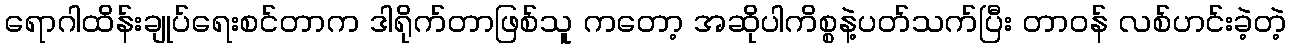
ရောဂါထိန်းချုပ်ရေးစင်တာက ဒါရိုက်တာဖြစ်သူ ကတော့ အဆိုပါကိစ္စနဲ့ပတ်သက်ပြီး တာဝန် လစ်ဟင်းခဲ့တဲ့